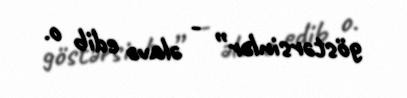
göstərsinlər” - əlavə edib o.